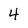
Character: 4